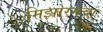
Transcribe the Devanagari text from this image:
मिझोरमचा